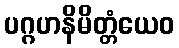
ပဂ္ဂဟနိမိတ္တံယေဝ